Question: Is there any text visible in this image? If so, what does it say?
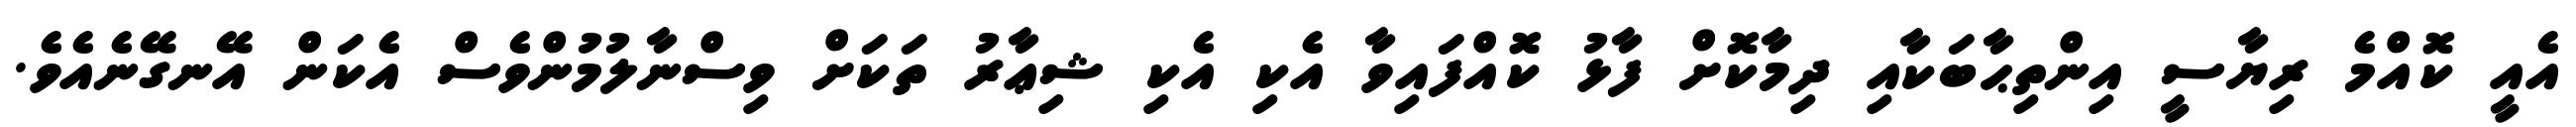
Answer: އެއީ ކޮއްމެ ރިޔާސީ އިންތިޙާބަކާއި ދިމާކޮށް ފާޅު ކޮއްފައިވާ އެކި އެކި ޝިޢާރު ތަކަށް ވިސްނާލުމުންވެސް އެކަން އޭނގޭނެއެވެ.